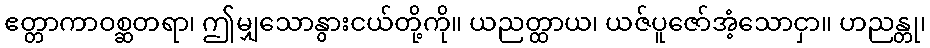
ဧတ္တာကာဝစ္ဆတရာ၊ ဤမျှသောနွားငယ်တို့ကို။ ယညတ္ထာယ၊ ယဇ်ပူဇော်အံ့သောငှာ။ ဟညန္တု၊